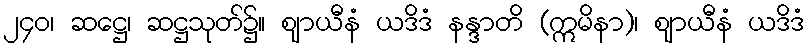
၂၄၀၊ ဆဋ္ဌေ၊ ဆဋ္ဌသုတ်၌။ ဈာယီနံ ယဒိဒံ နန္ဒာတိ (ဣမိနာ)၊ ဈာယီနံ ယဒိဒံ